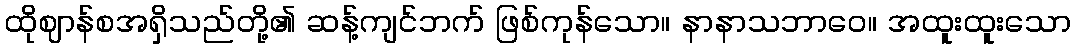
ထိုဈာန်စအရှိသည်တို့၏ ဆန့်ကျင်ဘက် ဖြစ်ကုန်သော။ နာနာသဘာဝေ။ အထူးထူးသော